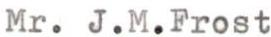
Mr. J.M.Frost